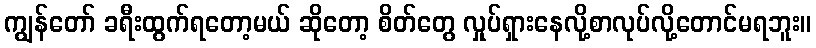
ကျွန်တော် ခရီးထွက်ရတော့မယ် ဆိုတော့ စိတ်တွေ လှုပ်ရှားနေလို့စာလုပ်လို့တောင်မရဘူး။